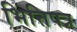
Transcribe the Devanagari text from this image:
भित्तिपत्र